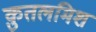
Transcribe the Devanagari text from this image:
क़ुतलमिश